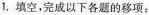
1.填空，完成以下各题的移项：